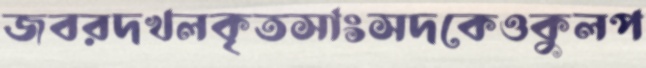
জবরদখলকৃতসাংসদকেওকুলপ